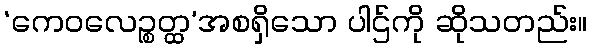
‘ကေဝလေဉ္စတ္ထ’အစရှိသော ပါဌ်ကို ဆိုသတည်း။